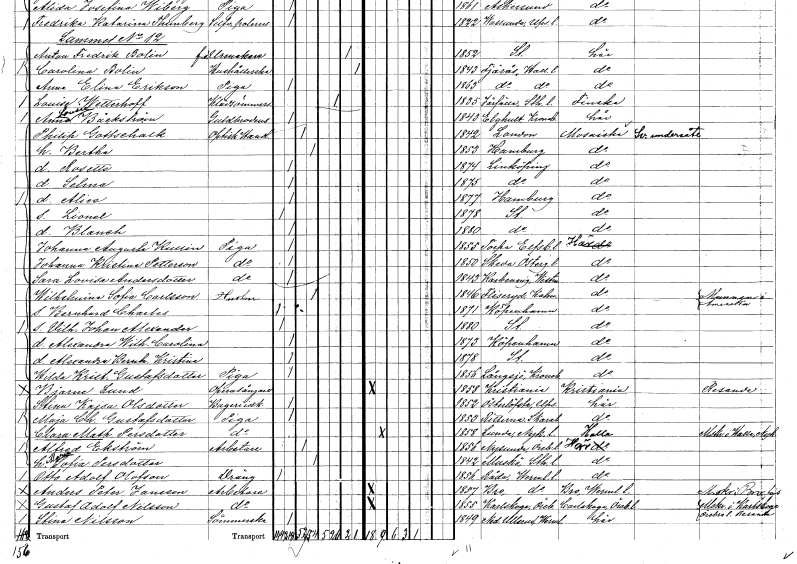
gt_parse: households: individuals: FN: Alice
KON: K
CIV: O
FODAR: 1877
FN: Lionel
KON: M
CIV: O
FODAR: 1878
FODFORS: Stockholm
FN: Blanch
KON: K
CIV: O
FODAR: 1880
FODFORS: Stockholm
FN: Johanna Augusta
EN: Kullin
YRKE: Piga
KON: K
CIV: O
FODAR: 1855
FODFORS: Torpa Älvsborgs län
FN: Johanna Kristina
EN: Petterson
YRKE: Piga
KON: K
CIV: O
FODAR: 1850
FODFORS: Skeda Östergötlands län
FN: Sara Lovisa
EN: Andersdotter
YRKE: Piga
KON: K
CIV: O
FODAR: 1843
FODFORS: Karbenning Västmanlands län
FN: Wilhelmina Sofia
EN: Carlsson
YRKE: Hustru
KON: K
CIV: G
FODAR: 1846
FODFORS: Fliseryd Kalmar län
FN: Bernhard Charles
KON: M
CIV: O
FODAR: 1871
FN: Vilhelm Johan Alexander
KON: M
CIV: O
FODAR: 1880
FODFORS: Stockholm
FN: Alexandra Wilhelmina Carolina
KON: K
CIV: O
FODAR: 1873
FN: Alexandra Bernhardina Kristina
KON: K
CIV: O
FODAR: 1878
FODFORS: Stockholm
FN: Hilda Kristina
EN: Gustafsdotter
YRKE: Piga
KON: K
CIV: O
FODAR: 1856
FODFORS: Långasjö Kalmar län
FN: Bjarne
EN: Lund
YRKE: Operasångare
KON: M
CIV: O
FODAR: 1858
FN: Stina Kajsa
EN: Olsdotter
YRKE: Bageriidkare
KON: K
CIV: O
FODAR: 1852
FODFORS: Österlövsta Uppsala län
FN: Maja Charlotta
EN: Gustafsdotter
YRKE: Piga
KON: K
CIV: O
FODAR: 1853
FODFORS: Bitterna Skaraborgs län
FN: Clara Mathilda
EN: Persdotter
YRKE: Piga
KON: K
CIV: O
FODAR: 1858
FODFORS: Lunda Södermanlands län
FN: Alfred
EN: Ekström
YRKE: Arbetare
KON: M
CIV: G
FODAR: 1856
FODFORS: Nysund Örebro län
FN: Maria Sofia
EN: Persdotter
KON: K
CIV: G
FODAR: 1842
FODFORS: Muskö Stockholms län
FN: Otto Adolf
EN: Olofson
YRKE: Dräng
KON: M
CIV: O
FODAR: 1856
FODFORS: Råda Värmlands län
FN: Anders Peter
EN: Jansson
YRKE: Arbetare
KON: M
CIV: O
FODAR: 1857
FODFORS: Bro Värmlands län
FN: Gustaf Adolf
EN: Nilsson
YRKE: Arbetare
KON: M
CIV: O
FODAR: 1855
FODFORS: Karlskoga Örebro län
FN: Stina
EN: Nilsson
YRKE: Sömmerska
KON: K
CIV: O
FODAR: 1849
FODFORS: Nedre Ullerud Värmlands län